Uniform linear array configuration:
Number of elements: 8
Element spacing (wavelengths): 0.75
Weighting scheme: kaiser
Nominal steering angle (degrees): -15
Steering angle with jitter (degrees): -16.306
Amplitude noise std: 0.05
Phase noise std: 0.05

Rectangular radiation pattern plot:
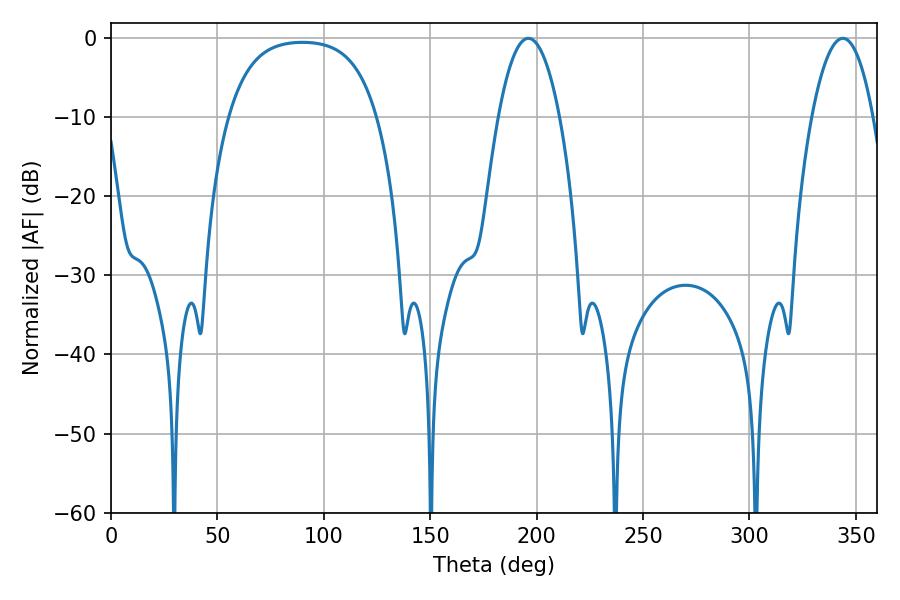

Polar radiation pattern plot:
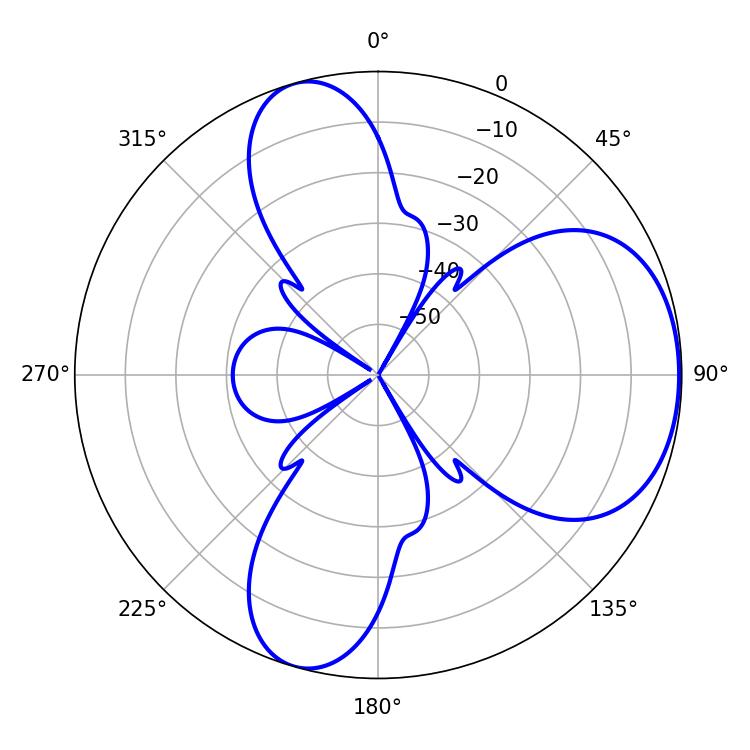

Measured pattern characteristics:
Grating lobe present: TRUE
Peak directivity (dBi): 5.641
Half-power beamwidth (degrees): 15.84
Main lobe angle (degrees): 196.2